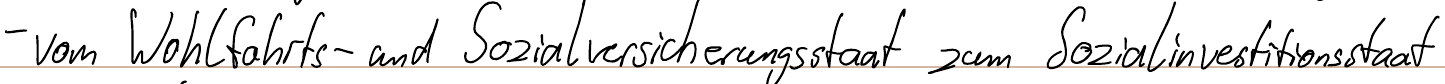
- vom Wohlfahrts- und Sozialversicherungsstaat zum Sozialinvestitionsstaat